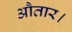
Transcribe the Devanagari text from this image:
औतार।